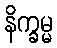
နိက္ခမ္မ